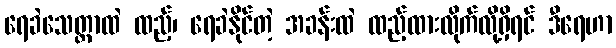
ရေခဲသေတ္တာထဲ ထည့်၊ ရေခဲနိုင်တဲ့ အခန်းထဲ ထည့်ထားလိုက်လို့ရှိရင် ဒီရေဟာ